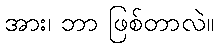
အား၊ ဘာ ဖြစ်တာလဲ။